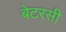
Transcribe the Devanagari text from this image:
बेटरसी